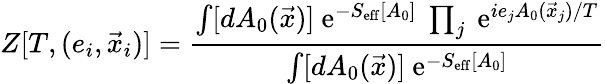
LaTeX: Z[T,(e_{i},\vec{x}_{i})]=\frac{\int[dA_{0}(\vec{x})]\mathrm{~e}^{-S_{\mathrm{eff}}[A_{0}]}~\prod_{j}\mathrm{~e}^{ie_{j}A_{0}(\vec{x}_{j})/T}}{\int[dA_{0}(\vec{x})]\mathrm{~e}^{-S_{\mathrm{eff}}[A_{0}]}}